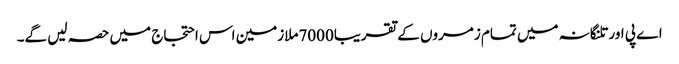
اے پی اور تلنگانہ میں تمام زمروں کے تقریبا7000ملازمین اس احتجاج میں حصہ لیں گے۔